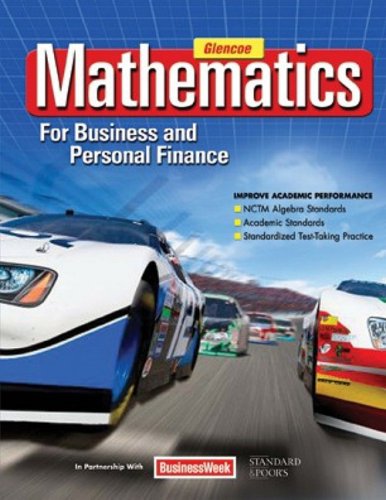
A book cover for Mathematics for Business and Personal Finance Student Edition; Walter H. Lange; Business & Money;